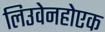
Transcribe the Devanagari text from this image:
लिउवेनहोएक